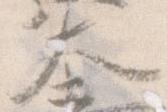
大